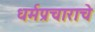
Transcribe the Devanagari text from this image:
धर्मप्रचाराचे